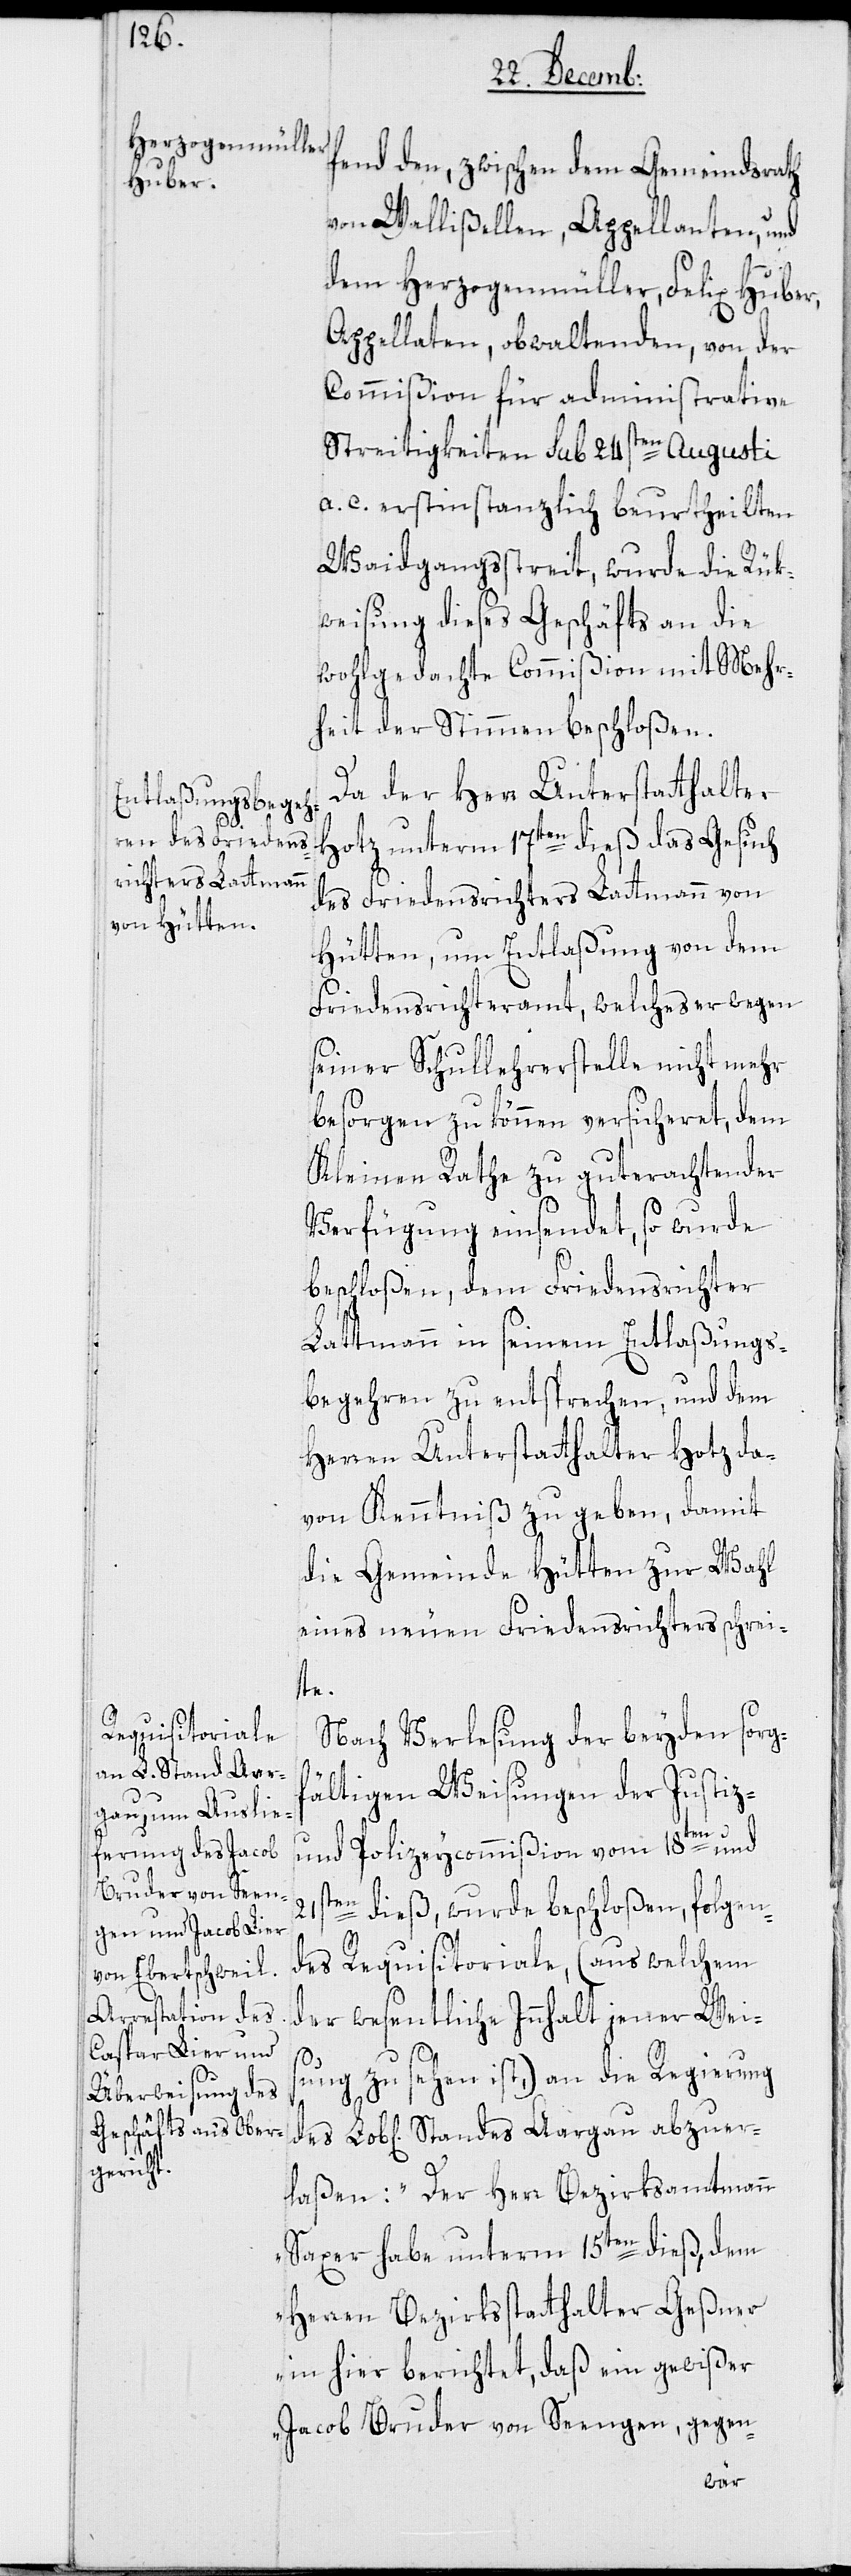
fend den, zwischen dem Gemeindrath
von Wallißellen, Appellanten, und
dem Herzogenmüller, Felix Huber,
Appellaten, obwaltenden, von der
Commißion für administrative
Streitigkeiten sub 24sten Augusti
a. c. erstinstanzlich beurtheilten
Waidgangsstreit, wurde die Rük¬
weisung dieses Geschäfts an die
wohlgedachte Commißion mit Mehr¬
heit der Stimmen beschloßen.
Da der Herr Unterstatthalter
Hotz unterm 17ten dieß das Gesuch
des Friedensrichters Lattmann von
Hütten, um Entlaßung von dem
Friedensrichteramt, welches er wegen
seiner Schullehrerstelle nicht mehr
besorgen zu können versicheret, dem
Kleinen Rathe zu guterachtender
Verfügung einsendet, so wurde
beschloßen, dem Friedensrichter
Lattmann in seinem Entlaßungs¬
begehren zu entsprechen, und dem
Herren Unterstatthalter Hotz da¬
von Kenntniß zu geben, damit
die Gemeinde Hütten zur Wahl
eines neuen Friedensrichters schrei¬
te.
Nach Verlesung der beyden sorgf¬
ältigen Weisungen der Justiz-
und Polizeycommißion vom 18ten und
21sten dieß, wurde beschloßen, folgen¬
des Requisitoriale (aus welchem
der wesentliche Innhalt jener Weis¬
ung zu sehen ist,) an die Regierung
laßen: „Der Herr Bezirksamtmann
Saxer habe unterm 15ten dieß, dem
Herren Bezirksstatthalter Geßner
in hier berichtet, daß ein gewißer
Jacob Bruder von Seengen, gegen-
abzuer¬